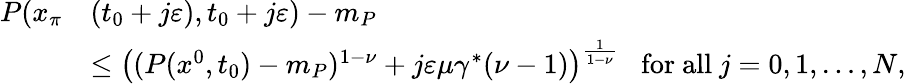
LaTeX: \begin{array}{rl}{P(x_{\pi}}&{(t_{0}+j\varepsilon),t_{0}+j\varepsilon)-m_{P}}\\ &{\le\big((P(x^{0},t_{0})-m_{P})^{1-\nu}+j\varepsilon\mu\gamma^{*}(\nu-1)\big)^{\frac{1}{1-\nu}}\; \; \mathrm{~for~all~}j=0,1,\dots,N,}\end{array}